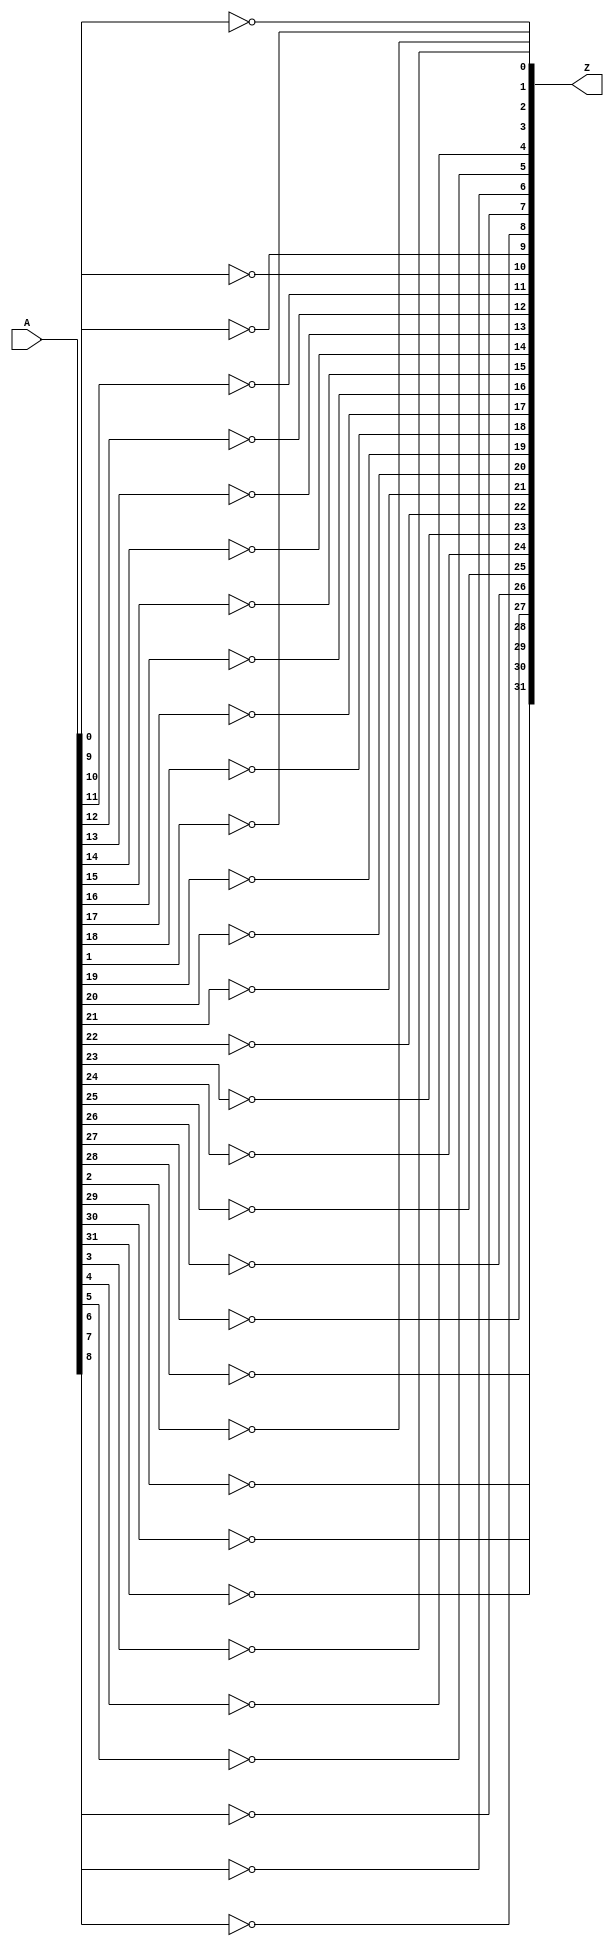
module not_32(input [31:0] A, output [31:0] Z);
genvar i;
generate
  for (i = 0; i < 32; i=i+1) begin : NOT_BLOCK
    assign Z[i] = !A[i];
  end
endgenerate
endmodule